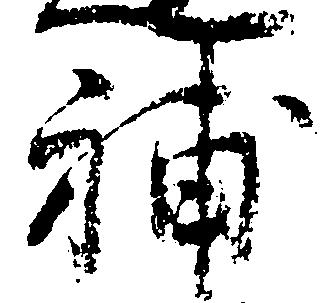
補